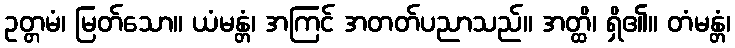
ဥတ္တမံ၊ မြတ်သော။ ယံမန္တံ၊ အကြင် အတတ်ပညာသည်။ အတ္ထိ၊ ရှိ၏။ တံမန္တံ၊